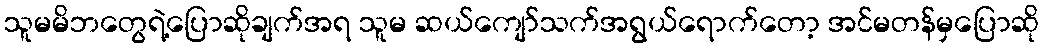
သူမမိဘတွေရဲ့ပြောဆိုချက်အရ သူမ ဆယ်ကျော်သက်အရွယ်ရောက်တော့ အင်မတန်မှပြောဆို